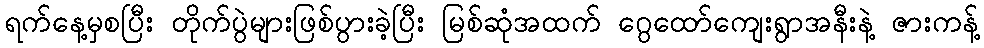
ရက်နေ့မှစပြီး တိုက်ပွဲများဖြစ်ပွားခဲ့ပြီး မြစ်ဆုံအထက် ဂွေထော်ကျေးရွာအနီးနဲ့ ဇားကန့်